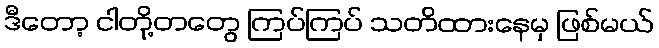
ဒီတော့ ငါတို့တတွေ ကြပ်ကြပ် သတိထားနေမှ ဖြစ်မယ်